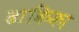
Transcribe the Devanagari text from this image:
ढाकिका